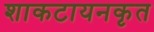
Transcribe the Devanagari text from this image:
शाकटायनकृत